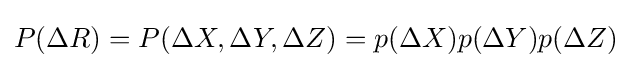
P(\Delta R)=P(\Delta X,\Delta Y,\Delta Z)=p(\Delta X)p(\Delta Y)p(\Delta Z)